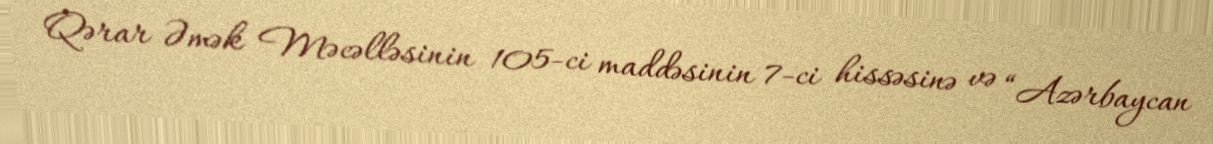
Qərar Əmək Məcəlləsinin 105-ci maddəsinin 7-ci hissəsinə və “Azərbaycan